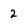
Character: 2